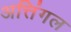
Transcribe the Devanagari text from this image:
अत्तिंगल